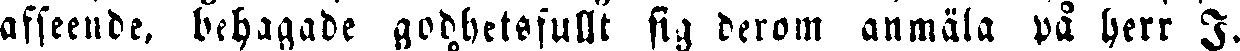
afseeude, behagade godhetsfullt sig beröm anmäla på herr I.